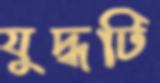
যুদ্ধটি